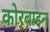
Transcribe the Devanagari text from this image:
कोरबाइन